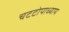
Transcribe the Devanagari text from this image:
चटटोपाध्याय